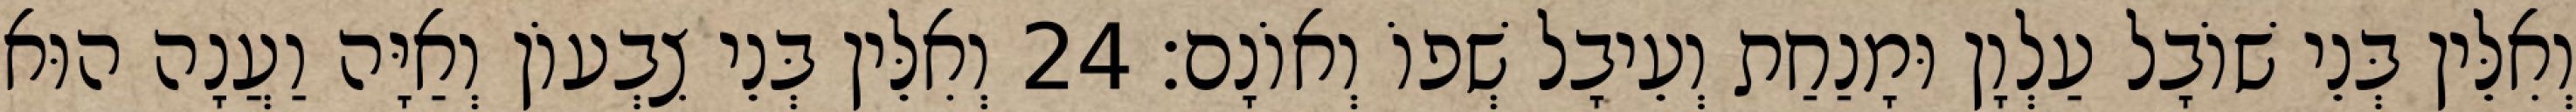
וְאִלֵּין בְּנֵי שׁוֹבָל עַלְוָן וּמָנַחַת וְעֵיבָל שְׁפוֹ וְאוֹנָם׃ 24 וְאִלֵּין בְּנֵי צִבְעוֹן וְאַיָּה וַעֲנָה הוּא